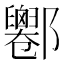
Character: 𨟦